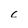
Character: c